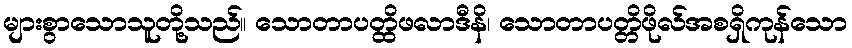
များစွာသောသူတို့သည်။ သောတာပတ္ထိဖလာဒီနိ၊ သောတာပတ္တိဖိုလ်အစရှိကုန်သော